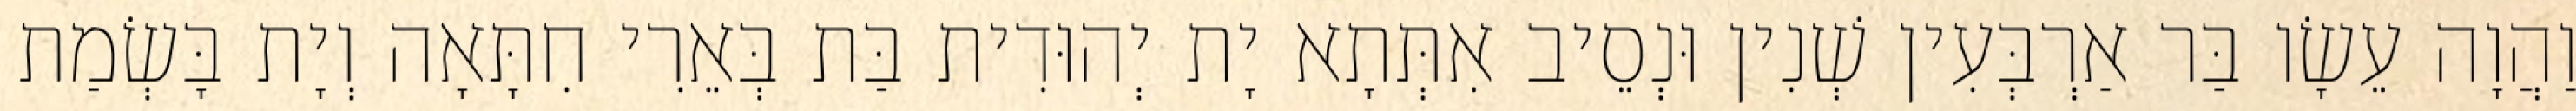
וַהֲוָה עֵשָׂו בַּר אַרְבְּעִין שְׁנִין וּנְסֵיב אִתְּתָא יָת יְהוּדִית בַּת בְּאֵרִי חִתָּאָה וְיָת בָּשְׂמַת